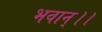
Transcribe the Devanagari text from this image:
भवान्।।